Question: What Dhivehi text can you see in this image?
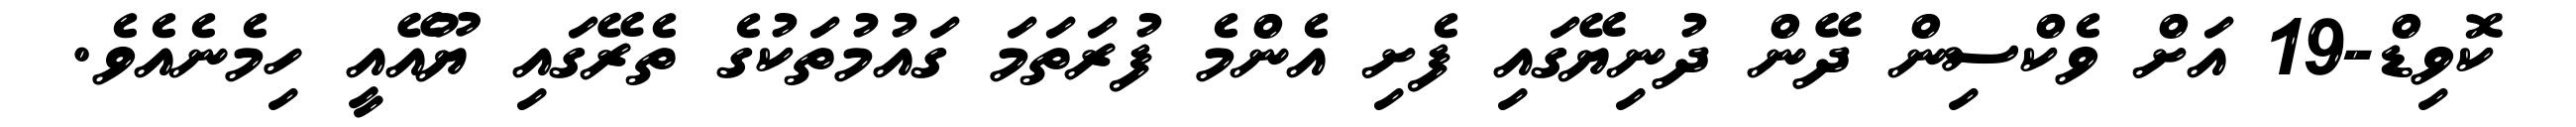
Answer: ކޮވިޑް-19 އަށް ވެކްސިން ދޭން ދުނިޔޭގައި ފެށި އެންމެ ފުރަތަމަ ގައުމުތަކުގެ ތެރޭގައި ޔޫއޭއީ ހިމެނެއެވެ.